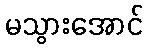
မသွားအောင်